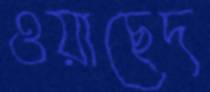
ওয়াছেদ